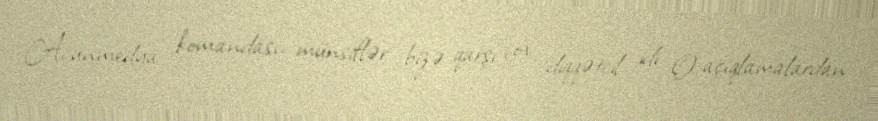
“Acunmedya” komandası, münsiflər bizə qarşı çox diqqətcil idi. O açıqlamalardan